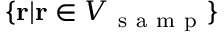
\{ \mathbf { r } | \mathbf { r } \in V _ { \mathrm { ~ s ~ a ~ m ~ p ~ } } \}